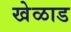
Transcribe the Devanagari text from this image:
खेळाड